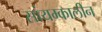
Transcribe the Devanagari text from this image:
सांयम्कालीन